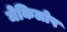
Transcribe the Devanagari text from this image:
मेकिलोप